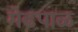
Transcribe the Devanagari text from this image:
मेढपाळ